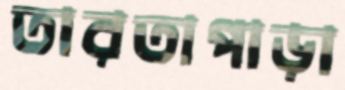
তারতাপাড়া